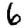
Digit: 6